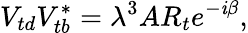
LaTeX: V_{td}V_{tb}^{\ast}=\lambda^{3}AR_{t}e^{-\mathit{i}\beta},